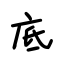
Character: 底